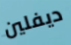
ديفلين